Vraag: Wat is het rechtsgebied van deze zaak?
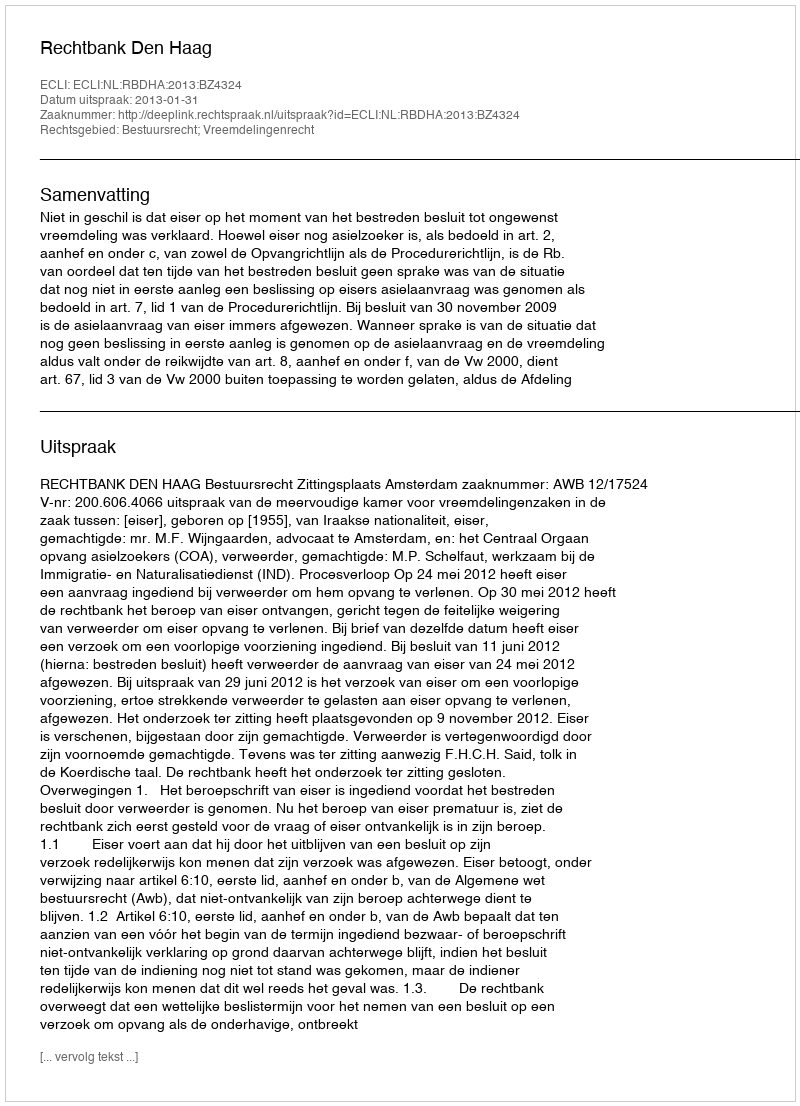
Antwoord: Bestuursrecht; Vreemdelingenrecht